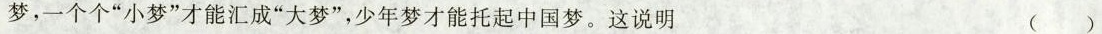
梦，一个个”小梦”才能汇成”大梦”，少年梦才能托起中国梦。这说明 （）